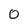
Character: 0